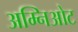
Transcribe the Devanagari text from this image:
अम्निओट